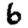
Digit: 6